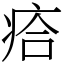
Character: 㾑